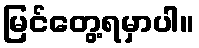
မြင်တွေ့ရမှာပါ။